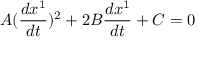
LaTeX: A ( \frac { d x ^ { 1 } } { d t } ) ^ { 2 } + 2 B \frac { d x ^ { 1 } } { d t } + C = 0